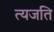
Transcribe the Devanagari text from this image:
त्यजति